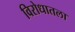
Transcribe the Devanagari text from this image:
विरोधातला